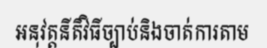
អនុវត្តនីតិវិធីច្បាប់និងចាត់ការតាម